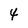
Character: 4